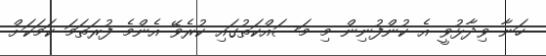
ހަނާ ވިދާޅުވީ އެ ކުންފުނިން މި މަސައްކަތުގައި ކުރެވޭ އެންމެ ފުރަތަމަ ކަމަކަށް